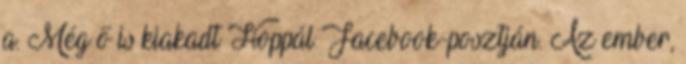
a. Még ő is kiakadt Hoppál Facebook-posztján. Az ember,